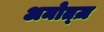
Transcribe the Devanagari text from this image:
अमोत्ज़